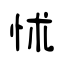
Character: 怵